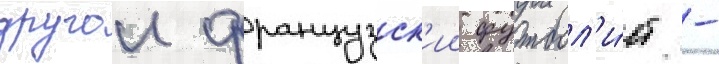
другои французск'ии футбол'и́ст -